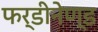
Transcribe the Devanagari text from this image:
फर्डीनेण्ड